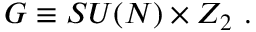
G \equiv S U ( N ) \times Z _ { 2 } \ .